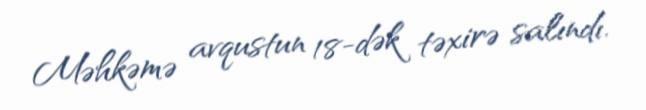
Məhkəmə avqustun 18-dək təxirə salındı.